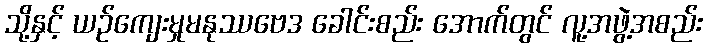
သို့နှင့် ယဉ်ကျေးမှုမနုဿဗေဒ ခေါင်းစည်း အောက်တွင် လူ့အဖွဲ့အစည်း